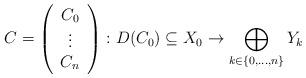
LaTeX: \begin{align*}C=\left(\begin{array}{c}C_{0}\\\vdots\\C_{n}\end{array}\right)\colon D(C_{0})\subseteq X_{0}\to\bigoplus_{k\in\{0,\ldots,n\}}Y_{k}\end{align*}